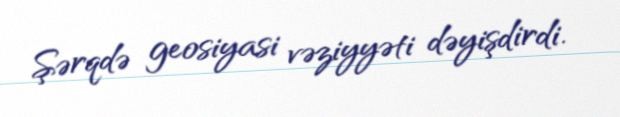
Şərqdə geosiyasi vəziyyəti dəyişdirdi.